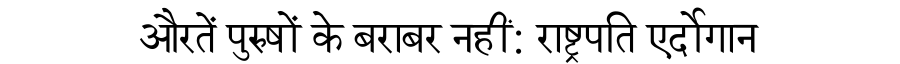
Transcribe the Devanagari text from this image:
औरतें पुरुषों के बराबर नहीं: राष्ट्रपति एर्दोगान